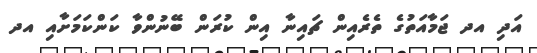
އަދި އދ ޖަމާއަތުގެ ތެރެއިން ޗައިނާ އިން ކުރަން ބޭނުންވާ ކަންކަމަށާއި އދ